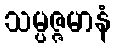
သမ္ပဇ္ဇမာနံ